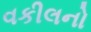
વકીલનો